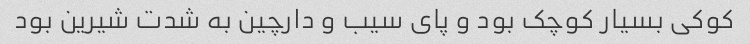
کوکی بسیار کوچک بود و پای سیب و دارچین به شدت شیرین بود